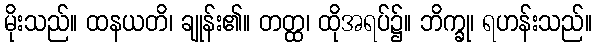
မိုးသည်။ ထနယတိ၊ ချုန်း၏။ တတ္ထ၊ ထိုအရပ်၌။ ဘိက္ခု၊ ရဟန်းသည်။